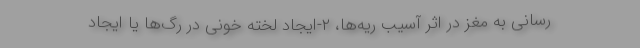
رسانی به مغز در اثر آسیب ریه‌ها، ۲-ایجاد لخته خونی در رگ‌ها یا ایجاد